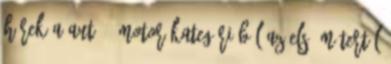
hírek a Autó - Motor kategóriából Az első métertől